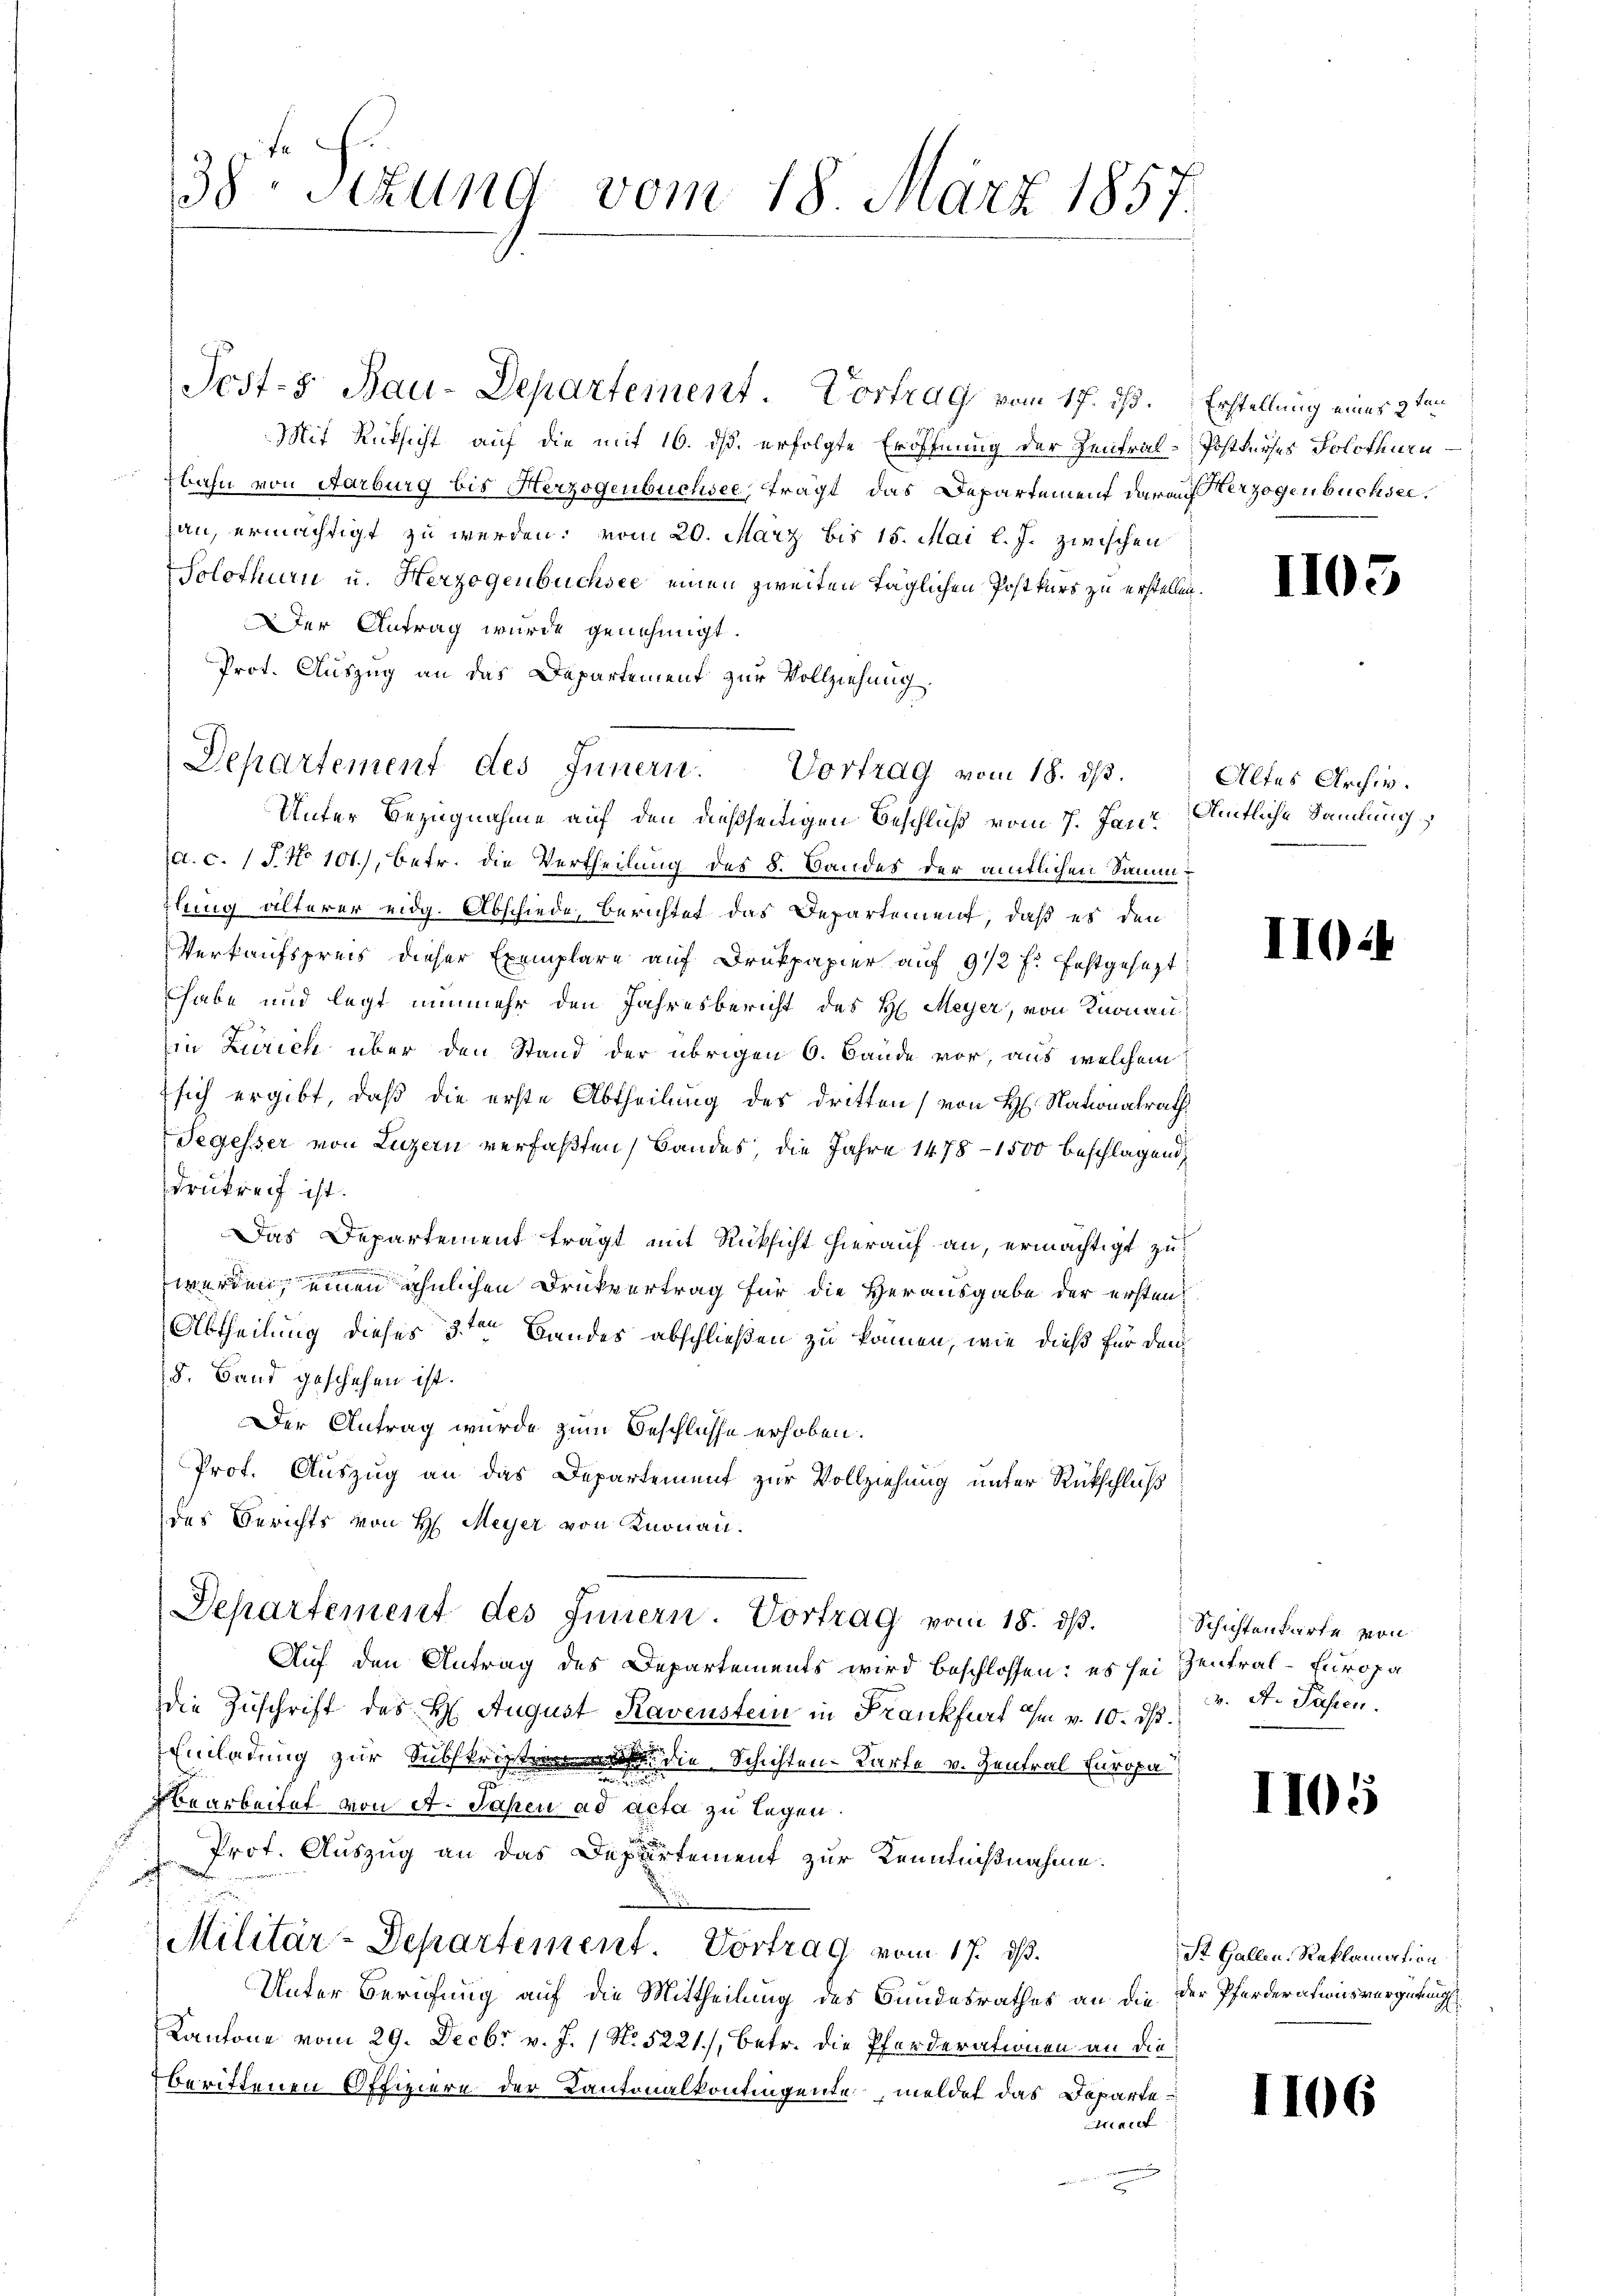
Mit Rücksicht auf die mit 16. ds. erfolgte Eröffnung der Zentral-Postkurses Solothurn
bahn von Aarburg bis Herzogenbuchsee, trägt das Departement darauf Herzogenbuchserzau, ermächtigt zu werden; vom 20. März bis 15. Mai l. J. zwischen
Solothurn u. Herzogenbuchsee einen zweiten täglichen Postkurs zu erstelle
Der Antrag wurde genehmigt.
Prot. Auszug an das Departement zur Vollziehung.
Unter Bezugnahme auf den dießseitigen Beschluß vom 7. Jani
a.c. (T. No 101.), betr. die Vertheilung des 8. Bandes der amtlichen Sammlung älterer eidg. Abschiede, Berichtet das Departement, daß es den
Verkaufspreis dieser Exemplare auf Drukpapier auf 9 1/2 fr. festgesezt
habe und legt nunmehr den Jahresbericht des H. Meyer, von Knonau
in Zürich über den Stand der übrigen 6. Bande vor, aus welchem
 sich ergibt, daß die erste Abtheilung des dritten (von H. Nationalrath
Segesser von Luzern verfaßten Bandes, die Jahre 1478-1500 beschlagend
drükreif ist.
Das Departement trägt mit Rücksicht hierauf an, ermächtigt zu
werden, einen ähnlichen Drukvertrag für die Herausgabe der ersten
Abtheilung dieses 3ten Bandes abschließen zu können, wie dieß für den
15. Band geschehen ist.
Der Antrag wurde zum Beschlusse erhoben.
Prof. Auszug an das Departement zur Vollziehung unter Rückschlaß
des Berichts von H. Meyer von Knonau.
Departement des Innern. Vortrag vom 18. dβ. Schichtenkarte von
Auf den Antrag des Departements wird beschlossen: es sei Zentral-Europa
die Zuschrift des H. August Ravenstein in Frankfurt Im v. 10. ds.
Einladung zur Subskript die Schichten-Karte v. Zentral Europa
d
Bearbeitet von et. Jahren ad acta zu legen.
 Prof. Auszug an das Departement zur Kenntnißnahme.
Militär-Departement. Vortrag vom 17. ds.
Unter Berufung auf die Mittheilung des Bundesrathes an die der Pferderationsvergütung
Kantone vom 29. Decbr v. J. / No. 5221), betr. die Pferderationen an die
berittenen Offiziere der Kantonalkontingente, meldet das Departe
unec

38 Setzung vom 18. März 1857.

Departement des Innern. Vortrag vom 18. ds.

Sest-B. Bau-Departement. Vortrag vom 17. ds.

Erstellung eines 2ten

II0

Altes Archiv.
Amtliche Sammlung

II0

v. A. Passen.

2

1105

St. Gallen, Reklamation

1106